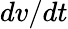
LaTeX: dv/dt